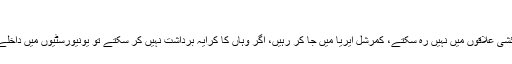
‘
’طلبہ رہائشی علاقوں میں نہیں رہ سکتے، کمرشل ایریا میں جا کر رہیں، اگر وہاں کا کرایہ برداشت نہیں کر سکتے تو یونیورسٹیوں میں داخلے مت لیں۔